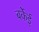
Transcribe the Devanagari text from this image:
बर्केई